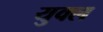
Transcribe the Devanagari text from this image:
युक्ल